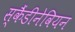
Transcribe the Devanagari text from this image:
स्कैंडीनेवियन